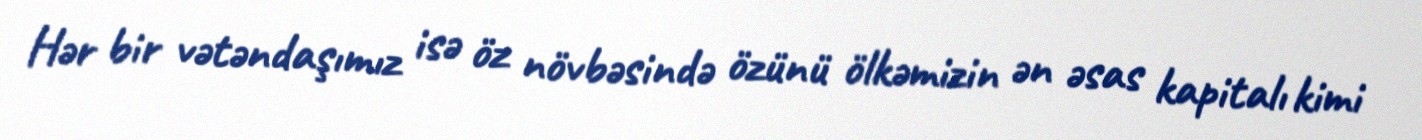
Hər bir vətəndaşımız isə öz növbəsində özünü ölkəmizin ən əsas kapitalı kimi